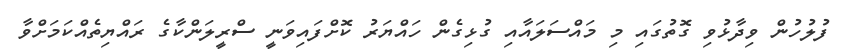
ފުލުހުން ވިދާޅުވި ގޮތުގައި މި މައްސަލައާއި ގުޅިގެން ހައްޔަރު ކޮށްފައިވަނީ ސްރީލަންކާގެ ރައްޔިތެއްކަމަށްވާ